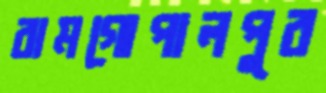
রামগোপালপুর